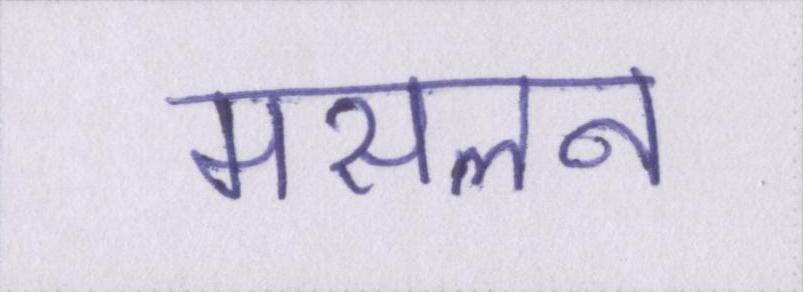
मसलन